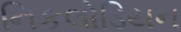
નિકલોડિયન